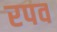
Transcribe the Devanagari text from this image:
रपव